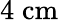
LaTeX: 4\; \mathrm{{cm}}